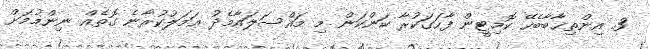
3. އިންތިޚާބާބެހޭ ކޮމިޓީން ފާހަގަކުރާ ކަންކަން މި މައްސަލައާމެދު ޢަމަލުކުރާނެ ގޮތެއް ނިންމުމަށް